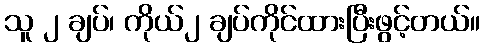
သူ ၂ ချပ်၊ ကိုယ်၂ ချပ်ကိုင်ထားပြီးဖွင့်တယ်။